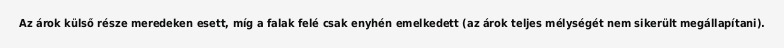
Az árok külső része meredeken esett, míg a falak felé csak enyhén emelkedett (az árok teljes mélységét nem sikerült megállapítani).